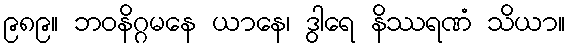
၉၈၉။ ဘဝနိဂ္ဂမနေ ယာနေ၊ ဒွါရေ နိဿရဏံ သိယာ။